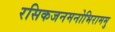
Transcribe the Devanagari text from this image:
रसिकजनमनोभिराममु